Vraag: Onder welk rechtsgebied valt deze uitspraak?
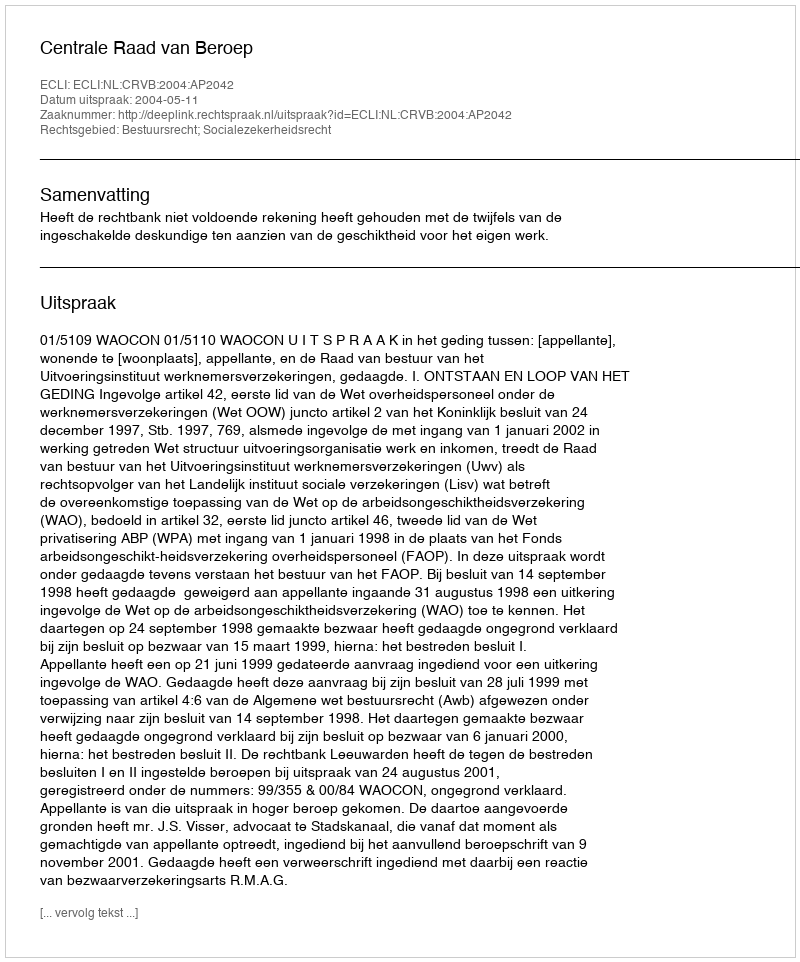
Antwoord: Bestuursrecht; Socialezekerheidsrecht